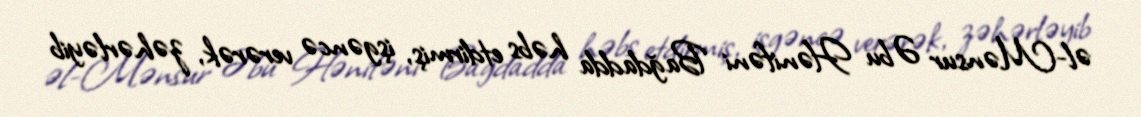
əl-Mənsur Əbu Hənifəni Bağdadda həbs etdirmiş, işgəncə verərək, zəhərləyib